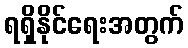
ရရှိနိုင်ရေးအတွက်